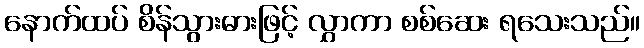
နောက်ထပ် စိန်သွားဓားဖြင့် လွှာကာ စစ်ဆေး ရသေးသည်။